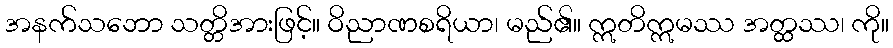
အနက်သဘော သတ္တိအားဖြင့်။ ဝိညာဏစရိယာ၊ မည်၏။ ဣတိဣမဿ အတ္ထဿ၊ ကို။